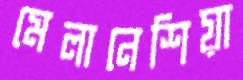
মেলানেশিয়া